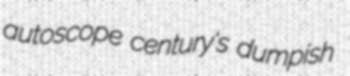
autoscope century's dumpish